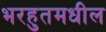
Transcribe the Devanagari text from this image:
भरहुतमधील